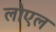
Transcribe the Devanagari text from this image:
लोएल